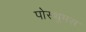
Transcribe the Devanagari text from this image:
पोस्थुमस